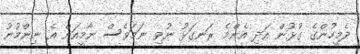
ދެމީހުންގެ ގުޅުން އަދި އެންމެ ރަނގަޅު ނުވި ނަމަވެސް ނާމީއަށް އެ ނިންމުނު